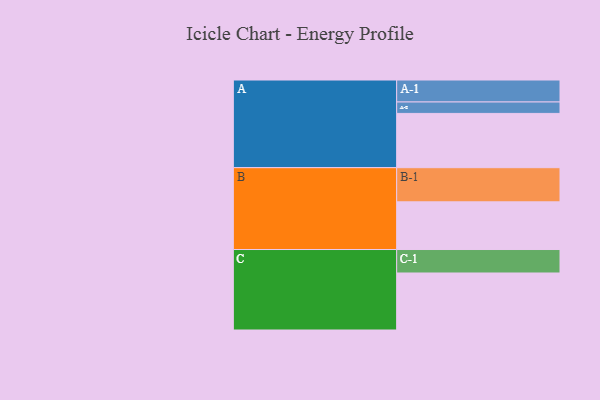
{"axis": {"x": "Segment", "y": "Value"}, "legend": ["", "A", "B", "C"], "data": [{"x": "A", "y": 437, "type": ""}, {"x": "B", "y": 384, "type": ""}, {"x": "C", "y": 459, "type": ""}, {"x": "A-1", "y": 177, "type": "A"}, {"x": "A-2", "y": 92, "type": "A"}, {"x": "B-1", "y": 275, "type": "B"}, {"x": "C-1", "y": 189, "type": "C"}]}